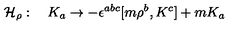
{ \cal H } _ { \rho } : \quad K _ { a } \to - \epsilon ^ { a b c } [ m { \rho } ^ { b } , K ^ { c } ] + m K _ { a }